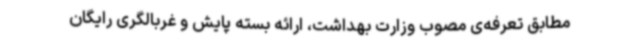
مطابق تعرفه‌ی مصوب وزارت بهداشت، ارائه بسته پایش و غربالگری رایگان